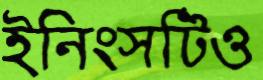
ইনিংসটিও